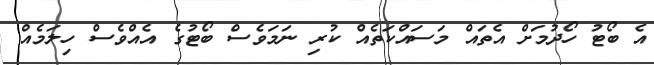
އެ ބޯޓު ހޯދުމަށް އެތައް މަސައްކަތެއް ކުރި ނަމަވެސް ބޯޓުގެ އެއްވެސް ހިލަމެއް